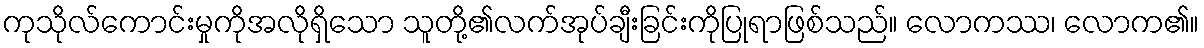
ကုသိုလ်ကောင်းမှုကိုအလိုရှိသော သူတို့၏လက်အုပ်ချီးခြင်းကိုပြုရာဖြစ်သည်။ လောကဿ၊ လောက၏။